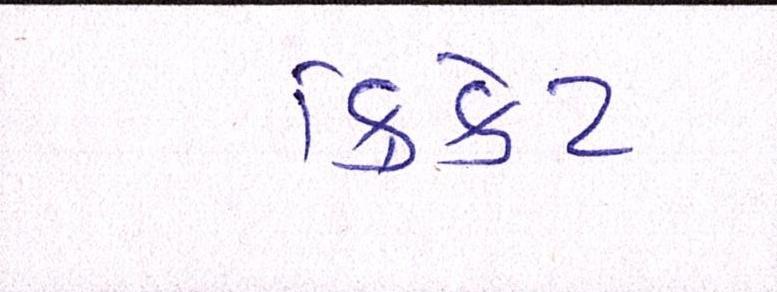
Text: ક્રિકેટ